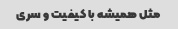
مثل همیشه با کیفیت و سری